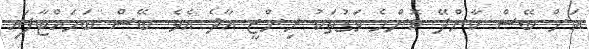
އަށް ބޭސް ކާންދޭ ކޮންމެ ވަގުތަކު ރިންޒީ އާދެ އެވެ. ބޭސް ބަހައްޓާފައި